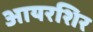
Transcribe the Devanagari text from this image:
आयरशिर